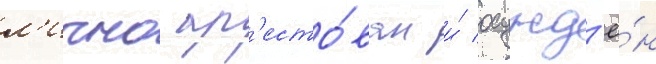
л'ипно ар'есто́ван и́ осужд'ё́н